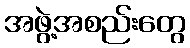
အဖွဲ့အစည်းတွေ